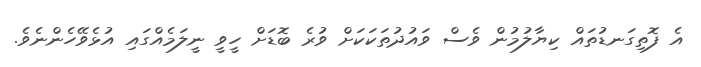
އެ ފޮތިގަނޑުތައް ކިޔާލުމުން ވެސް ވައުދުތަކަކަށް ވުރެ ބޮޑަށް ހީވީ ނީލަމެއްގައި އުޅެވޭހެންނެވެ.